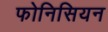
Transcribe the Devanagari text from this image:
फोनिसियन